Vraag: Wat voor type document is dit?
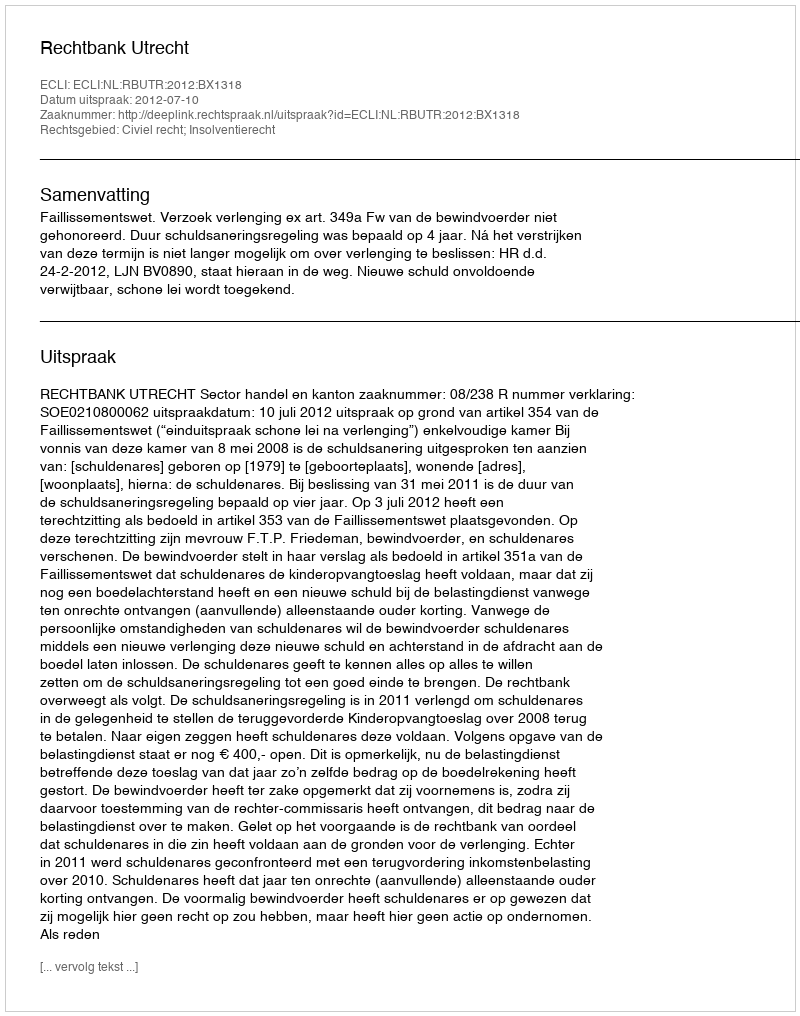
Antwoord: Uitspraak